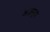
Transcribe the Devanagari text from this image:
अज़मूदा